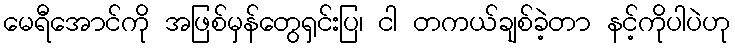
မေရီအောင်ကို အဖြစ်မှန်တွေရှင်းပြ၊ ငါ တကယ်ချစ်ခဲ့တာ နင့်ကိုပါပဲဟု